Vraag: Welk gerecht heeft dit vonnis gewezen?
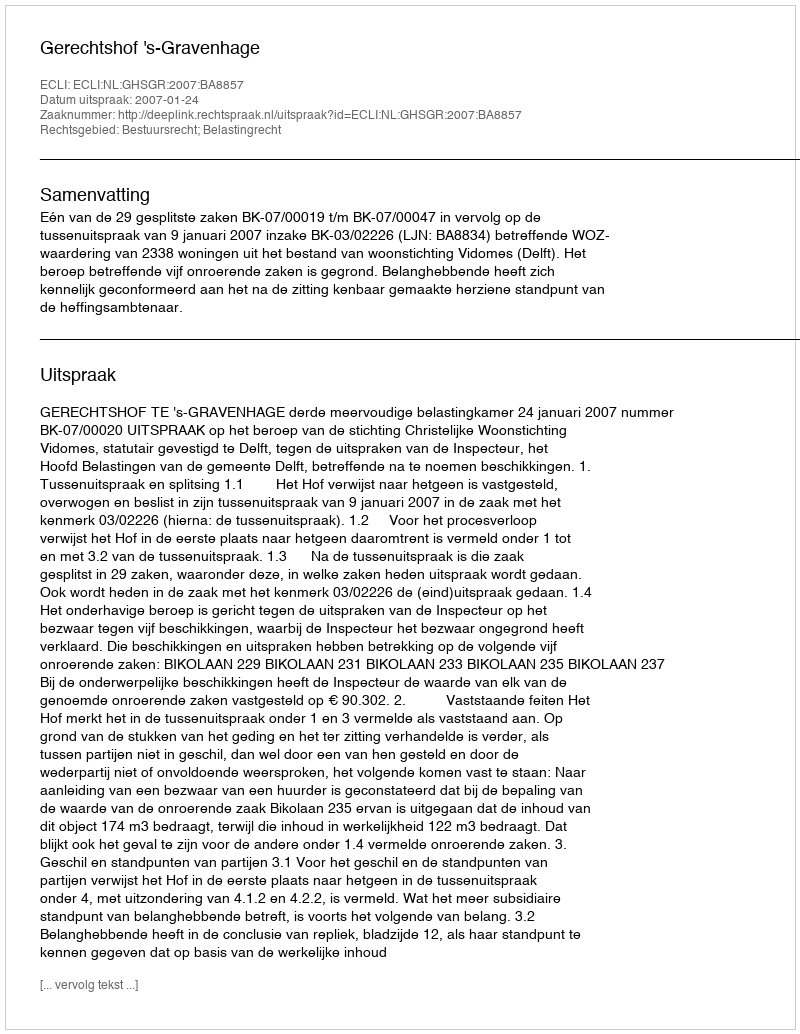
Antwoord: Gerechtshof 's-Gravenhage